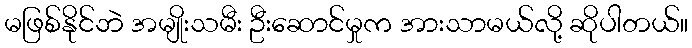
မဖြစ်နိုင်ဘဲ အမျိုးသမီး ဦးဆောင်မှုက အားသာမယ်လို့ ဆိုပါတယ်။